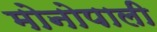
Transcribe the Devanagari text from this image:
मोनोपाली